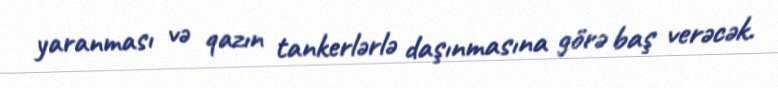
yaranması və qazın tankerlərlə daşınmasına görə baş verəcək.